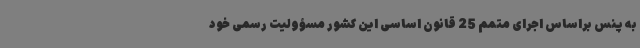
به پنس براساس اجرای متمم 25 قانون اساسی این کشور مسؤولیت رسمی خود